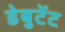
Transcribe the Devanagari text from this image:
डेबुटेंट